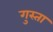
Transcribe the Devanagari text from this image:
गुस्ता